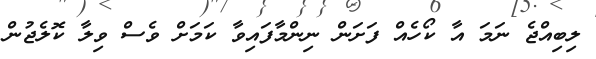
ލިބިއްޖެ ނަމަ އާ ކޯހެއް ފަށަން ނިންމާފައިވާ ކަމަށް ވެސް ވިލާ ކޮލެޖުން